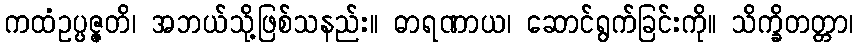
ကထံဥပ္ပဇ္ဇတိ၊ အဘယ်သို့ဖြစ်သနည်း။ ဓာရဏာယ၊ ဆောင်ရွက်ခြင်းကို။ သိက္ခိတတ္တာ၊